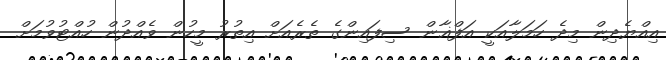
އިއްޔެދިން މިދެ ހަމަލާއަކީ އަފްޣާން ސިފައިންގެ ތެރެއަށް އިތުރު މީހުން ވެއްދުން ހުއްޓުވުމަށް